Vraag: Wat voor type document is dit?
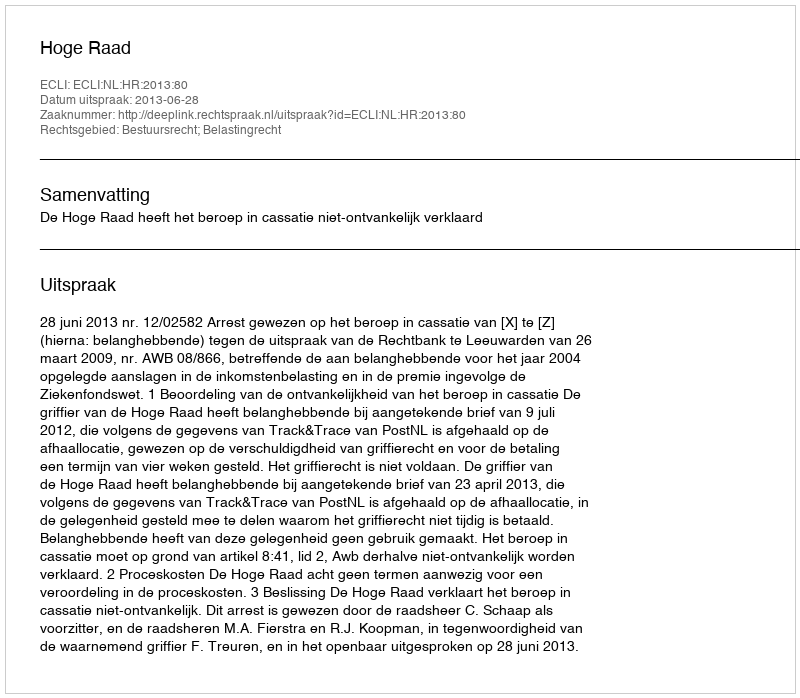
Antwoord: Uitspraak